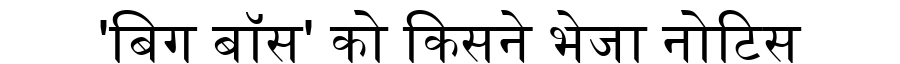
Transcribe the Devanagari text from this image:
'बिग बॉस' को किसने भेजा नोटिस